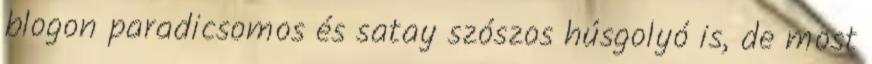
blogon paradicsomos és satay szószos húsgolyó is, de most